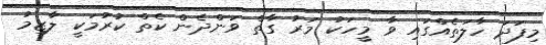
މިފަދަ ހާލަތެއްގައި ވާ މީހަކު މަރު ގާތް ވަންދެން ކެތް ކުރުމަކީ ލާޒިމު